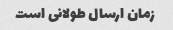
زمان ارسال طولانی است